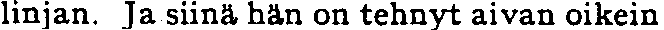
linjan. Ja siinä hän on tehnyt aivan oikein